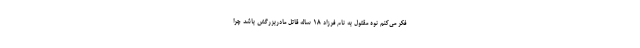
فکر می‌کنم نوه مقتول به نام فرزاد ۱۸ ساله قاتل مادربزرگش باشد چرا